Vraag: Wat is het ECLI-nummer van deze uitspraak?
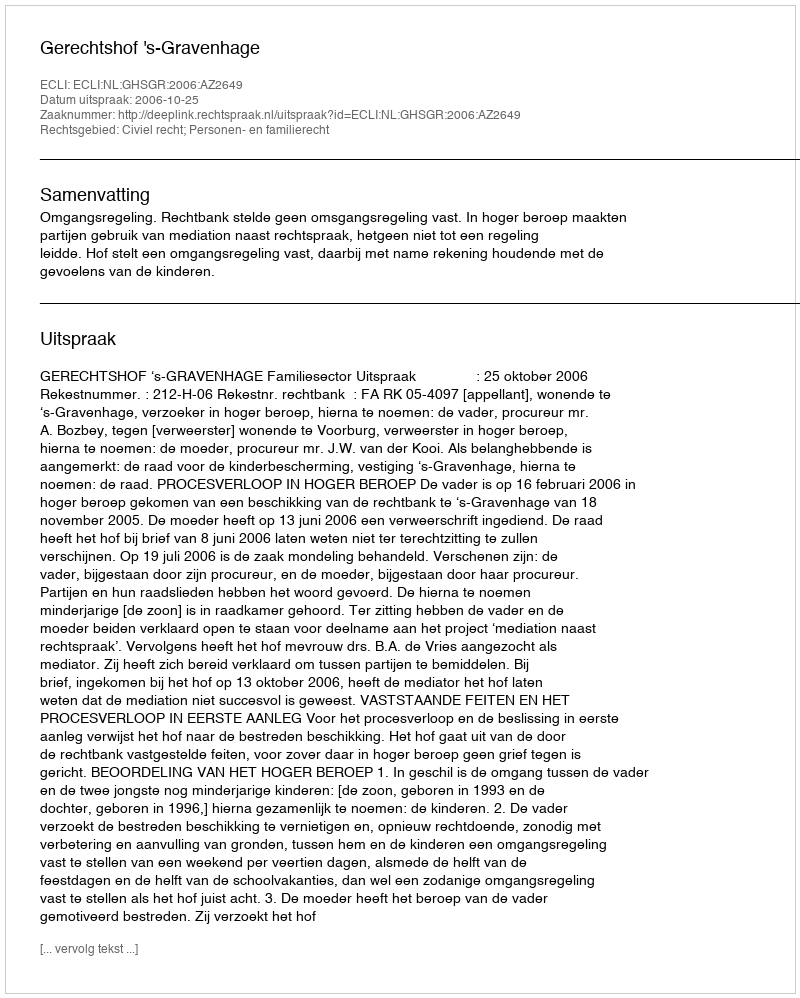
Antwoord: ECLI:NL:GHSGR:2006:AZ2649